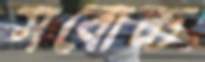
সবোচ্চ